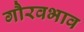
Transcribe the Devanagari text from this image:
गौरवभाव